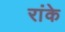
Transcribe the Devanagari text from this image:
रांके